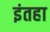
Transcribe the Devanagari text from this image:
इंतहा